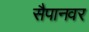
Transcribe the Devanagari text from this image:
सैपानवर